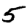
Digit: 5